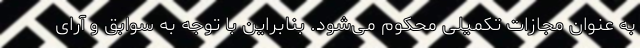
به عنوان مجازات تکمیلی محکوم می‌شود. بنابراین با توجه به سوابق و آرای